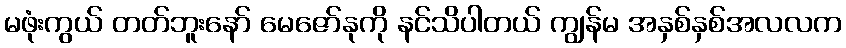
မဖုံးကွယ် တတ်ဘူးနော် မေဇော်နုကို နင်သိပါတယ် ကျွန်မ အနှစ်နှစ်အလလက